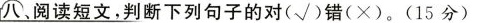
八、阅读短文，判断下列句子的对（√）错（×）。（15分）